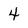
Character: 4